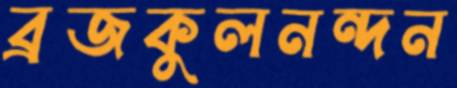
ব্রজকুলনন্দন